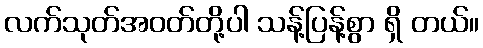
လက်သုတ်အဝတ်တို့ပါ သန့်ပြန့်စွာ ရှိ တယ်။